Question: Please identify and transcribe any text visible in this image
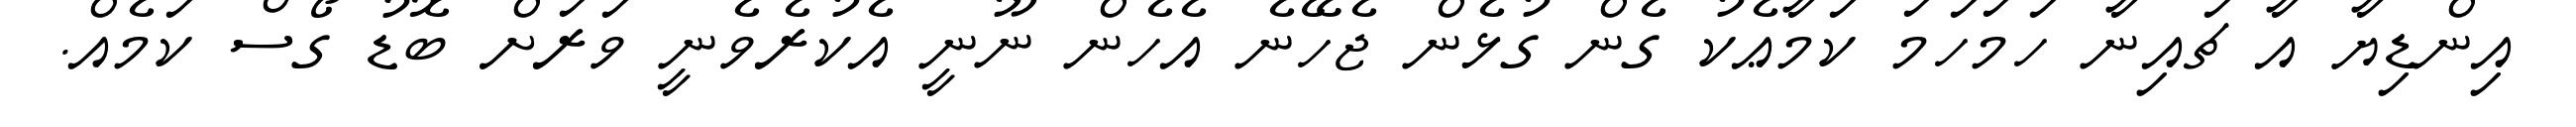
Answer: އިންޑިޔާ އާ ޗައިނާ ހަމަހަމަ ކަމާޢެކު ގެން ގުޅެން ޖެހޭނެ އެހެން ނޫނީ އެކުރެވެނީ ވަރަށް ބޮޑު ގޯސް ކަމެއް.